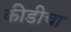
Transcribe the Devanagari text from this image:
कीडीचा